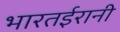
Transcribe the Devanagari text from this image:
भारतईरानी